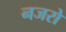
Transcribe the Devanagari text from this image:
नजरो